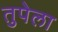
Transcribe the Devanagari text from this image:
तुपेला